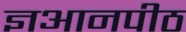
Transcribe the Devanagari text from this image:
ज्ञआनपीठ